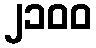
၂၁၀၀